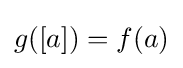
g([a])=f(a)